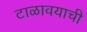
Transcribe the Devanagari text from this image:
टाळावयाची